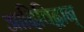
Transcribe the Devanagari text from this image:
आदिविद्वान्‌